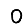
Digit: 0